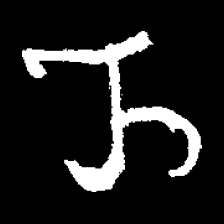
Pyu character \u2014 Myanmar letter: ည (romanized: nya)